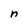
Character: n